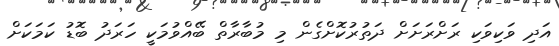
އަދި ވަކިވަކި ރަށްރަށަށް ދަތުރުކޮށްގެން މި މުބާރާތް ބޭއްވުމަކީ ހަރަދު ބޮޑު ކަމަަކަށް